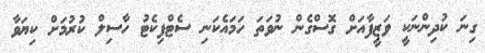
ގިނަ ކުދިންނަކީ ވަޒީފާއަށް ގޮސްގެން ނުވަތަ ހަމައެކަނި ސެޓްފިކެޓު ހާސިލް ކުރުމަށް ކިޔަވާ